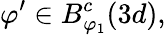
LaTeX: \varphi^{\prime}\in B_{\varphi_{1}}^{c}(3d),